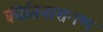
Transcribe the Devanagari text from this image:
कीतिनारायण